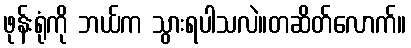
ဖုန်းရုံကို ဘယ်က သွားရပါသလဲ။တဆိတ်လောက်။